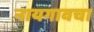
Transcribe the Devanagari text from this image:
नायगावचा